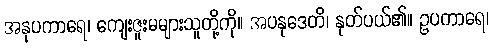
အနုပကာရေ၊ ကျေးဇူးမများသူတို့ကို။ အပနုဒေတိ၊ နုတ်ပယ်၏။ ဥပကာရေ၊